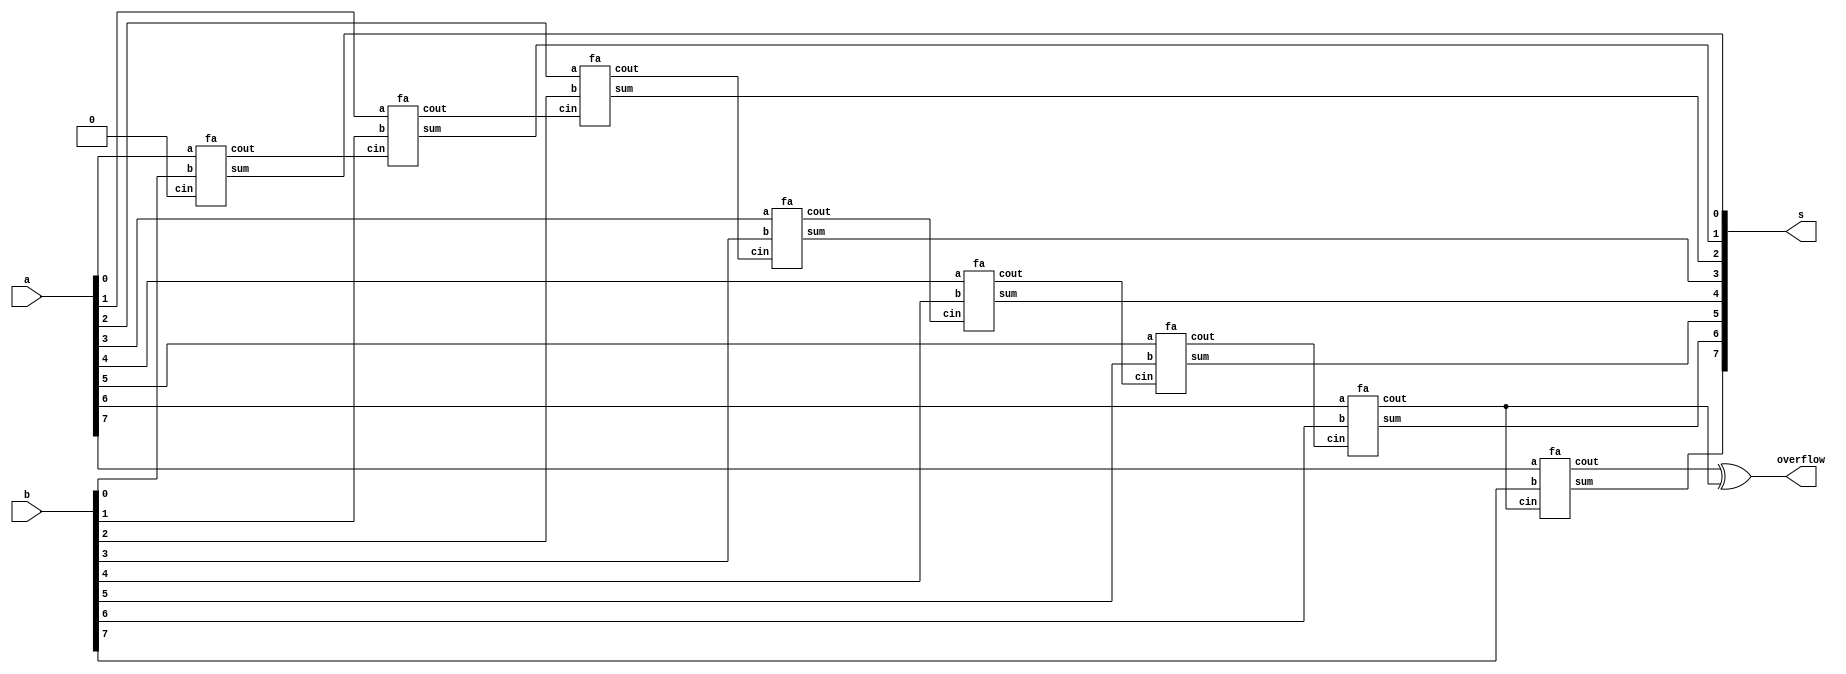
module top_module (
    input [7:0] a,
    input [7:0] b,
    output [7:0] s,
    output overflow
); //
 
    // assign s = ...
    // assign overflow = ...

wire [7:0] cout;

genvar i;
generate
    for (i = 0; i < 8; i = i+1) begin: loop_rca
        if (i == 0) begin
            fa rca(.a(a[i]), .b(b[i]), .cin(1'b0), .cout(cout[i]), .sum(s[i]));
        end
        else begin
            fa rca(.a(a[i]), .b(b[i]), .cin(cout[i-1]), .cout(cout[i]), .sum(s[i]));
        end
    end
endgenerate

assign overflow = cout[7] ^ cout[6];

endmodule


module fa (
    input a, b, cin,
    output cout, sum
);

assign cout = a&cin | b&cin | a&b;
assign sum = a ^ b ^ cin;

endmodule